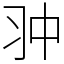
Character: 𠁨